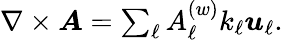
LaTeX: \begin{array}{r}{\nabla\times\boldsymbol{A}=\sum_{\ell}A_{\ell}^{(w)}k_{\ell}\boldsymbol{u}_{\ell}.}\end{array}